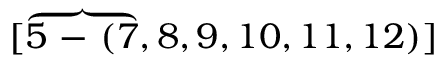
[ \overbrace { 5 \mathrm { ~ - ~ } ( 7 } , 8 , 9 , 1 0 , 1 1 , 1 2 ) ]